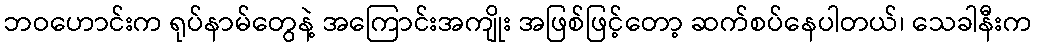
ဘဝဟောင်းက ရုပ်နာမ်တွေနဲ့ အကြောင်းအကျိုး အဖြစ်ဖြင့်တော့ ဆက်စပ်နေပါတယ်၊ သေခါနီးက